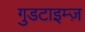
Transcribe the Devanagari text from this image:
गुडटाइम्ज़